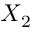
X _ { 2 }